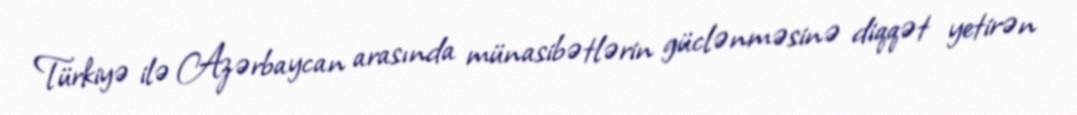
Türkiyə ilə Azərbaycan arasında münasibətlərin güclənməsinə diqqət yetirən